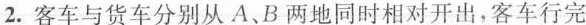
2. 客车与货车分别从A、B两地同时相对开出，客车行完